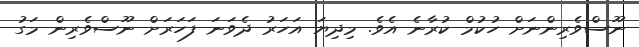
ނޫސްވެރިންނަށް ހުކުމް ކުރާނެ އެވެ. މިދިޔަ އަހަރު ދެވަނަ ފަހަރަށް ނޫސްވެރިން މަގު